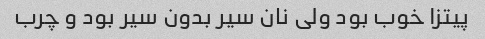
پیتزا خوب بود ولی نان سیر بدون سیر بود و چرب